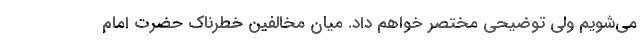
می‌شویم ولی توضیحی مختصر خواهم داد. میان مخالفین خطرناک حضرت امام